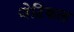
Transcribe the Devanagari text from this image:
जेटिकल